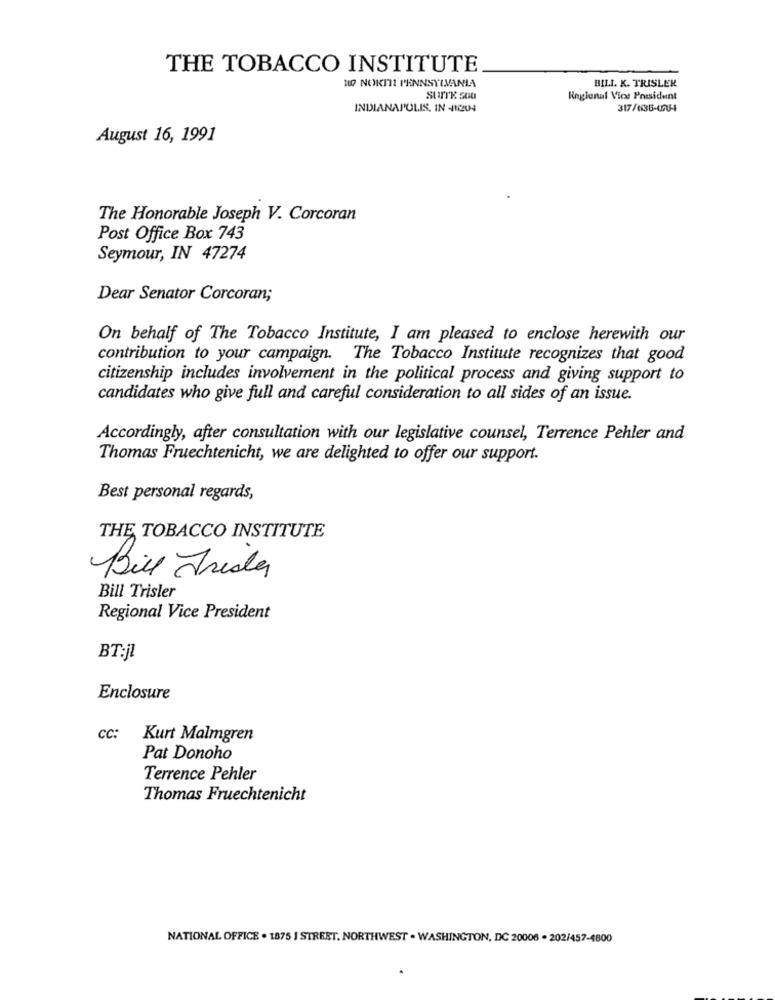
THE TOBACCO INSTITUTE
110 NOKIT! PENNSYLVANIA
BILL. K. TRISLEK
SUITE SOU
Regional Vice President
INDIANAPOLIS, IN -41204
317/636-6754
August 16, 1991
The Honorable Joseph V. Corcoran
Post Office Box 743
Seymour, IN 47274
Dear Senator Corcoran;
On behalf of The Tobacco Institute, I am pleased to enclose herewith our
contribution to your campaign. The Tobacco Institute recognizes that good
citizenship includes involvement in the political process and giving support to
candidates who give full and careful consideration to all sides of an issue.
Accordingly, after consultation with our legislative counsel, Terrence Pehler and
Thomas Fruechtenicht, we are delighted to offer our support.
Best personal regards,
THE TOBACCO INSTITUTE
Bill Friday
Bill Trisler
Regional Vice President
BT:jl
Enclosure
CC:
Kurt Malmgren
Pat Donoho
Terrence Pehler
Thomas Fruechtenicht
NATIONAL OFFICE . 1875 | STREET. NORTHWEST . WASHINGTON, DC 20006 - 202/457-4800